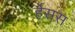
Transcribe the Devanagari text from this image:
र्हेसस